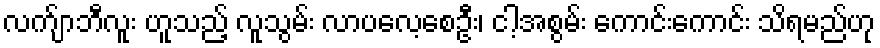
လက်ျာဘီလူး ဟူသည့် လူသွမ်း လာပလေ့စေဦး၊ ငါ့အစွမ်း ကောင်းကောင်း သိရမည်ဟု